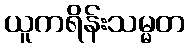
ယူကရိန်းသမ္မတ